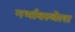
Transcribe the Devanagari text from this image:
गर्भावस्थेला